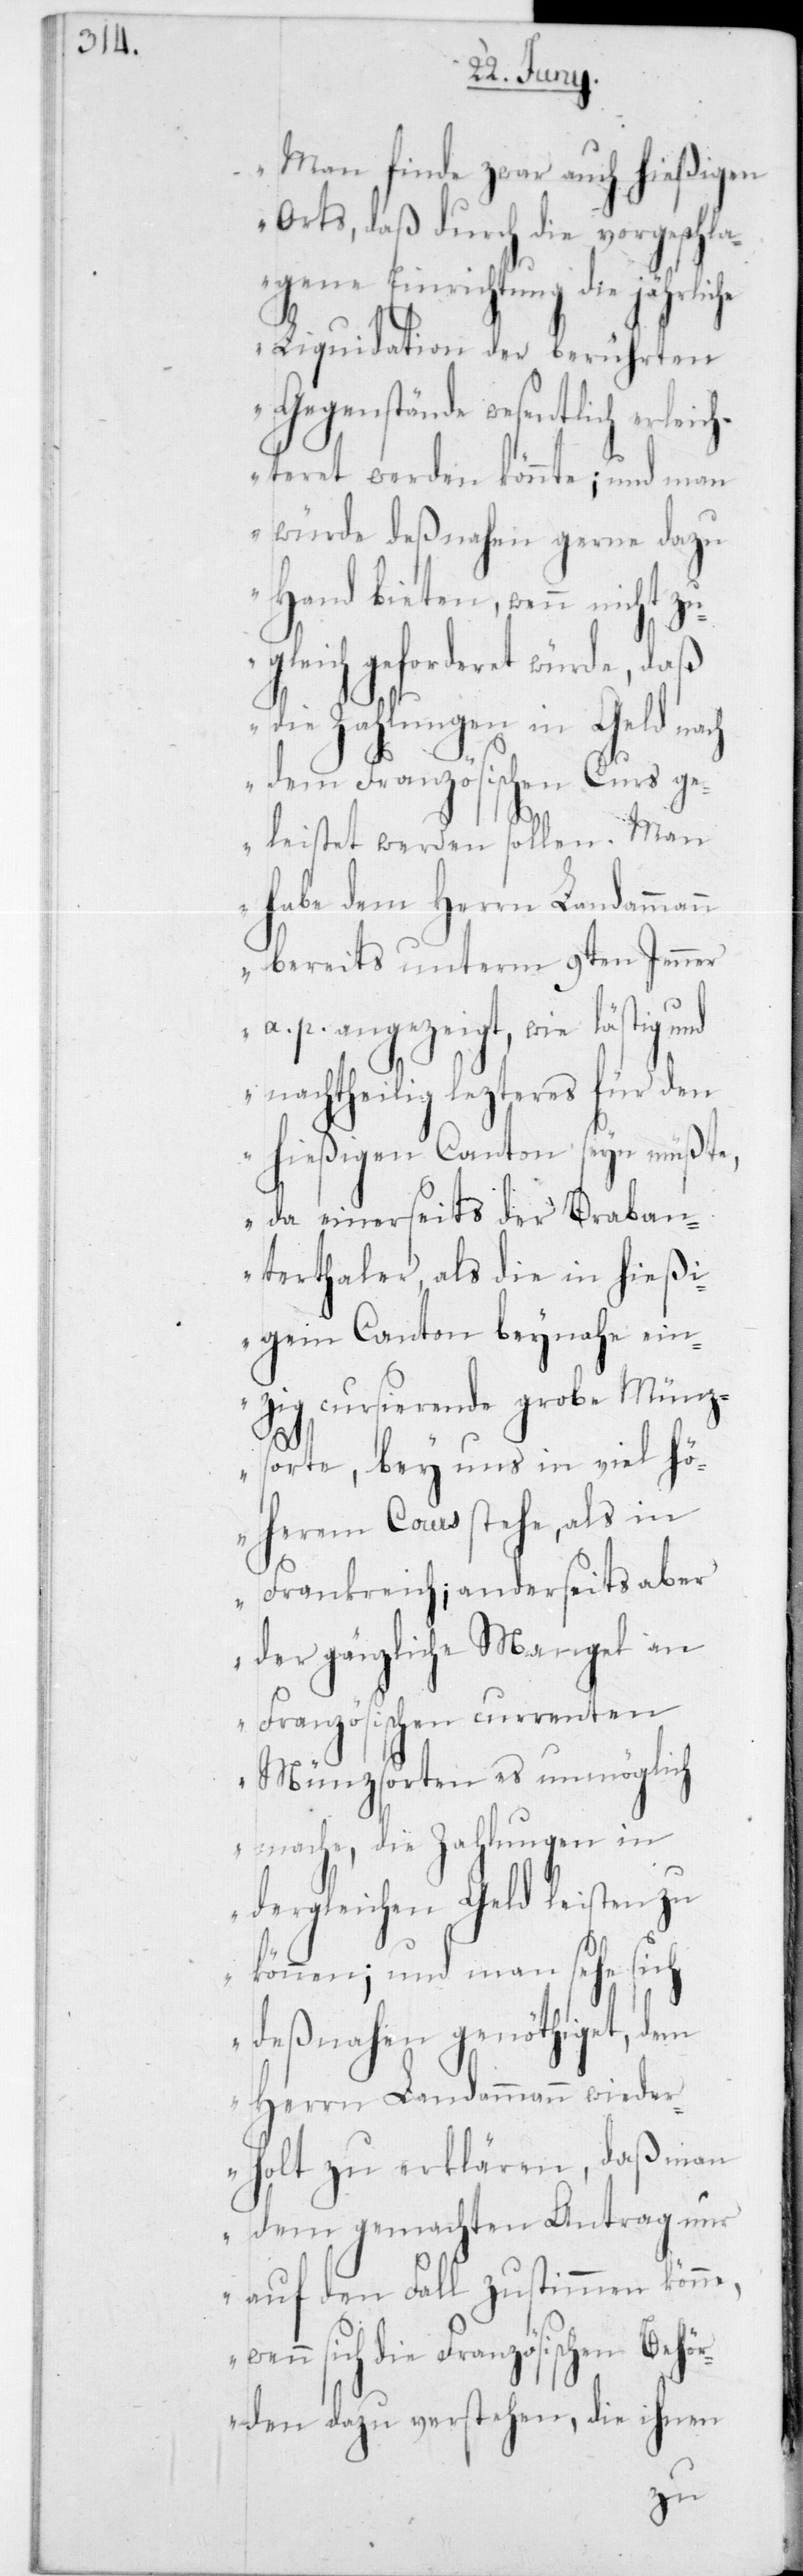
„Man finde zwar auch hießigen
Orts, daß durch die vorgeschla¬
gene Einrichtung die jährliche
Liquidation der berührten
Gegenstände wesentlich erleich¬
teret werden könnte; und man
würde deßnahen gerne dazu
Hand bieten, wenn nicht zu¬
gleich geforderet würde, daß
die Zahlungen in Geld nach
dem Französischen Curs ge¬
leistet werden sollen. Man
habe dem Herrn Landammann
bereits unterm 9ten Jenner
a. p. angezeigt, wie lästig und
nachtheilig lezteres für den
hießigen Canton seyn müßte,
da einerseits der Braban¬
terthaler, als die in hießi¬
gem Canton beynahe ein¬
zig cursierende grobe Münz¬
sorte, bey uns in viel hö¬
herem Cours stehe, als in
Frankreich; anderseits aber
der gänzliche Mangel an
Französischen currenten
Münzsorten es unmöglich
mache, die Zahlungen in
dergleichen Geld leisten zu
können; und man sehe sich
deßnahen genöthiget, dem
Herrn Landammann wieder¬
holt zu erklären, daß man
dem gemachten Antrag nur
auf den Fall zustimmen könne,
enn sich die Französischen Behör¬
den dazu verstehen, die ihnen
w¬